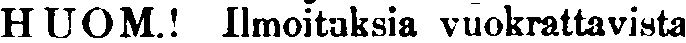
HUOM.! Imoituksia vuokrattavista